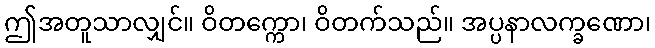
ဤအတူသာလျှင်။ ဝိတက္ကော၊ ဝိတက်သည်။ အပ္ပနာလက္ခဏော၊